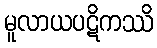
မူလာယပဋိကဿိ